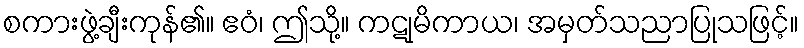
စကားဖွဲ့ချီးကုန်၏။ ဧဝံ၊ ဤသို့။ ကဋုမိကာယ၊ အမှတ်သညာပြုသဖြင့်။